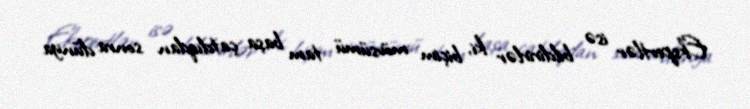
Ekspertlər isə bildirirlər ki, biçim mövsümü tam başa çatdıqdan sonra dünya